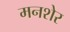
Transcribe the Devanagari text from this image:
मनशेर